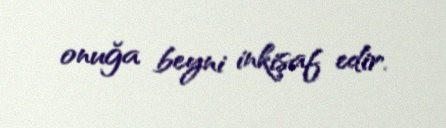
onuğa beyni inkişaf edir.